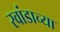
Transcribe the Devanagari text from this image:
रवांडाच्‍या